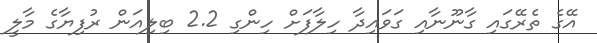
އޭގެ ތެރޭގައި ގާނޫނާއި ގަވައިދާ ހިލާފަށް ހިންގި 2.2 ބިލިއަން ރުފިޔާގެ މާލީ